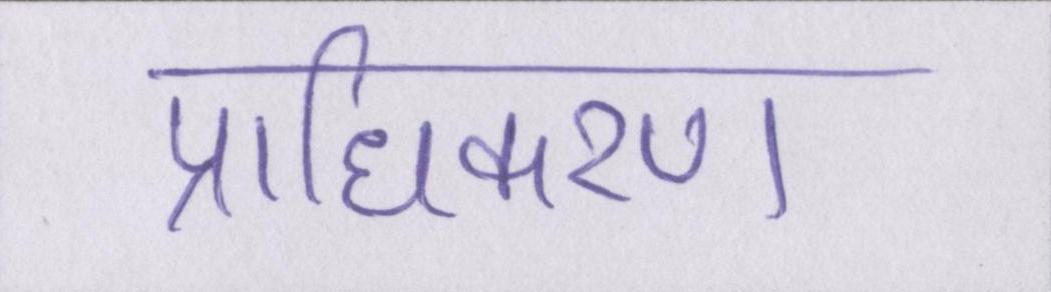
प्राधिकरण